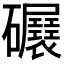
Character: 𥗷